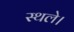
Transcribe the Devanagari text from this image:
स्थले।